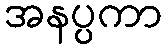
အနပ္ပကာ